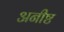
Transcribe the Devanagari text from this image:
अनीष्ट